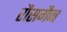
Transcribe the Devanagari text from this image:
रौसमैन